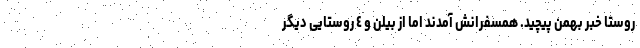
روستا خبر بهمن پیچید. همسفرانش آمدند اما از بیلن و ٤ روستایی دیگر